Report of the Indian Hemp Drugs Commission, 1894-1895 - Volume VII
Year: 1894
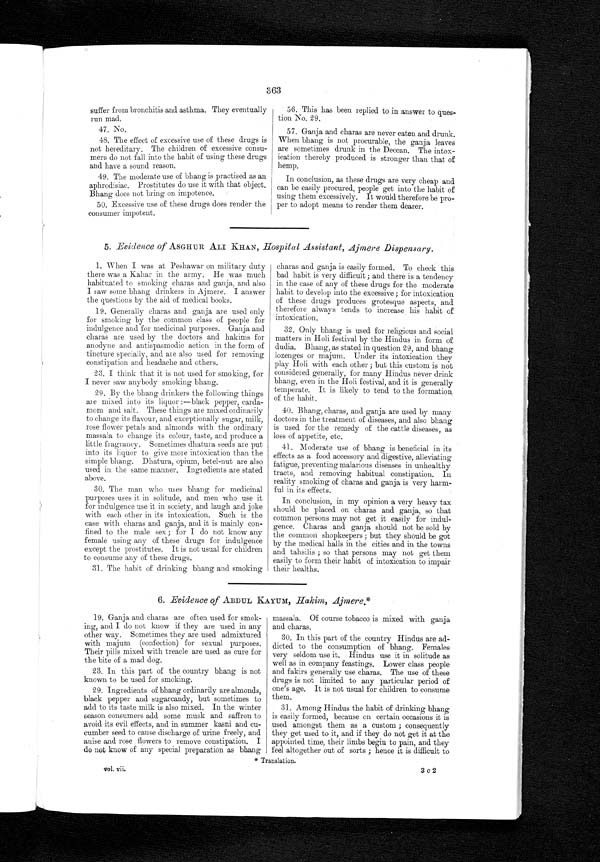
vol. vii.
3 c 2
363
suffer from bronchitis and asthma. They eventually
run mad.
47.No.
48.The effect of excessive use of these drugs is
not hereditary. The children of excessive consu
- m e r s d o n o t f a l l i n t o t h e h a b i t o f u s i n g t h e s e d r u g s
and have a sound reason.
49.The moderate use of bhang is practised as an
aphrodisiac. Prostitutes do use it with that object.
Bhang does not bring on impotence.
50. Excessive use of these drugs does render the
consumer impotent.
56.This has been replied to in -answer to ques
-tion No. 29.
57.Ganja and charas are never eaten and drunk.
When bhang is not procurable, the ganja leaves
are sometimes drunk in the Deccan. The intox
- i c a t i o n t h e r e b y p r o d u c e d i s s t r o n g e r t h a n t h a t o f
hemp.
In conclusion, as these drugs are very cheap and
can be easily procured, people get into the habit of
using them excessively. It would therefore be pro
- p e r t o a d o p t m e a n s t o r e n d e r t h e m d e a r e r .
5. Evidence of ASGHUR ALI KHAN, Hospital Assistant, Ajmere Dispensary.
1. When I was at Peshawar on military duty
there was a Kahar in the army. He was much
habituated to smoking charas and ganja, and also
I saw some bhang drinkers in Ajmere. I answer
the questions by the aid of medical books.
19. Generally charas and ganja are used only
for smoking by the common class of people for
indulgence and for medicinal purposes. Ganja and
charas are used by the doctors and hakims for
anodyne and antispasmodic action in the form of
tincture specially, and are also used for removing
constipation and headache and others.
23. I think that it is not used for smoking, for
I never saw anybody smoking bhang.
29.By the bhang drinkers the following things
are mixed into its liquor :—black pepper, carda
- m o m a n d s a l t . T h e s e t h i n g s a r e m i x e d o r d i n a r i l y
to change its flavour, and exceptionally sugar, milk,
rose flower petals and almonds with the ordinary
massala to change its colour, taste, and produce a
little fragrancy , Sometimes dhatura seeds are put
into its liquor to give more intoxication than the
simple bhang. Dhatura, opium, betel-nut are also
used in the same manner. Ingredients are stated
above.
30. The man who uses bhang for medicinal
purposes uses it in solitude, and men who use it
for indulgence use it in society, and laugh and joke
with each other in its intoxication. Such is the
case with charas and ganja, and it is mainly con
- f i n e d t o t h e m a l e s e x ; f o r I d o n o t k n o w a n y
female using any of these thugs for indulgence
except the prostitutes. It is not usual for children
to consume any of these drugs.
31.. The habit of drinking bhang and smoking
charas and ganja is easily formed. To check this
bad habit is very difficult ; and there is a tendency
in the case of any of these drugs for the moderate
habit to develop into the excessive ; for intoxication
of these dings produces grotesque aspects, and
therefore always tends to increase his habit of
intoxication.
32. Only bhang is used for religious and social
matters in Holi festival by the Hindus in form of
dudia. Bhang, as stated in question 29, and bhang
lozenges or majum. Under its intoxication they
play Holi with each other ; but this custom is not
considered generally, for many Hindus never drink
bhang, even in the Holi festival, and it is generally
temperate. It is likely to tend. to the formation
of the habit.
40.B hang, charas, and ganja are used by many
doctors in the treatment of diseases, and also bhang
is used for the remedy of the cattle diseases, as
loss of appetite, etc.
41. Moderate use of bhang is beneficial in its
effects as a food accessory and digestive, alleviating
fatigue, preventing malarious diseases in unhealthy
tracts, and removing habitual constipation. In
reality smoking of charas and ganja is very harm
- f u l i n i t s e f f e c t s .
In conclusion, in my opinion a very heavy tax
should be placed. on charas and ganja, so that
common persons may not get it easily for indul
- g e n c e . C h a r a s a n d g a n j a s h o u l d n o t b e s o l d b y
the common shopkeepers ; but they should be got
by the medical halls in the cities and in the towns
and tahsilis ; so that persons may not get them
easily to form their habit of intoxication to impair
their healths.
6. Evidence of ABDUL KAYUM, Hakim, Ajmere.
19. Ganja and charas are often used for smok
- i n g , a n d I d o n o t k n o w i f t h e y a r e u s e d i n a n y
other way. Sometimes they are used admixtured
with majum (confection) for sexual purposes.
Their pills mixed with treacle are used as cure for
the bite of a mad dog.
23. In this part of the country bhang is not
known to be used for smoking.
29 Ingredients of bhang ordinarily are almonds,
black pepper and sugarcandy, but sometimes to
add to its taste milk is also mixed. In the winter
season consumers add some musk and saffron to
avoid its evil effects, and in summer kasni and
c u
cumber seed. to cause discharge of urine freely, and
anise and rose flowers to remove constipation. I
do not know of any special preparation as bhang
massala. Of course tobacco is mixed with ganja
and charas.
30. In this part of the country Hindus are ad
- d i c t e d t o t h e c o n s u m p t i o n o f b h a n g . F e m a l e s
very seldom use it. Hindus use it in solitude as
well as in company feastings. Lower class people
and fakirs generally use charas. The use of these
drugs is not limited. to any particular period of
one's age. It is not usual for children to consume
them.
31. Among Hindus the habit of drinking bhang
is easily formed, because on certain occasions it is
used amongst them as a custom ; consequently
they get used to it, and if they do not get it at the
appointed time, their limbs begin to pain, and they
feel altogether out of sorts ; hence it is difficult to
* Translation.